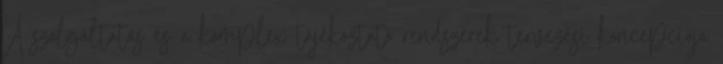
A szolgáltatás és a komplex tájékoztató rendszerek tervezési koncepciója